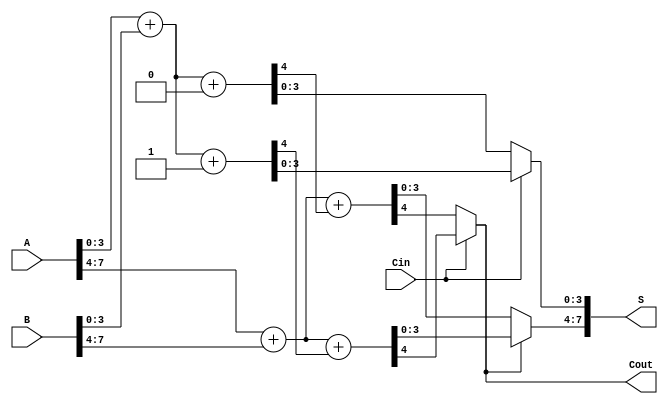
module CarrySelectAdder (
    input [7:0] A,      // 8-bit input A
    input [7:0] B,      // 8-bit input B
    input Cin,          // Carry-in
    output [7:0] S,     // 8-bit sum output
    output Cout         // Carry-out
);

    // Internal signals for the first block (lower 4 bits)
    wire [3:0] S0, S0_prime; // Sums for Cin = 0 and Cin = 1
    wire C0, C0_prime;       // Carry outputs for Cin = 0 and Cin = 1

    // Internal signals for the second block (upper 4 bits)
    wire [3:0] S1, S1_prime; // Sums for Cin = 0 and Cin = 1
    wire C1, C1_prime;       // Carry outputs for Cin = 0 and Cin = 1

    // First 4-bit addition (lower block)
    assign {C0, S0} = A[3:0] + B[3:0] + 0; // Sum with Cin = 0
    assign {C0_prime, S0_prime} = A[3:0] + B[3:0] + 1; // Sum with Cin = 1

    // Second 4-bit addition (upper block)
    assign {C1, S1} = A[7:4] + B[7:4] + C0; // Sum with carry from lower block
    assign {C1_prime, S1_prime} = A[7:4] + B[7:4] + C0_prime; // Sum with carry from lower block

    // Mux for selecting the final sum and carry-out
    assign S[3:0] = (Cin == 0) ? S0 : S0_prime; // Select lower 4 bits
    assign S[7:4] = (Cout == 0) ? S1 : S1_prime; // Select upper 4 bits
    assign Cout = (Cin == 0) ? C1 : C1_prime; // Final carry-out

endmodule